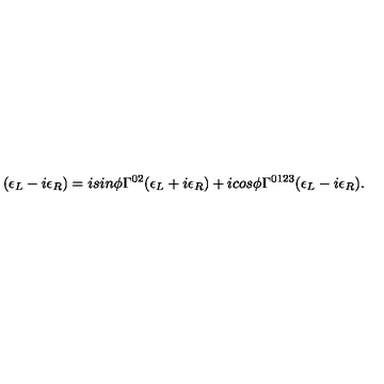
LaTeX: ( \epsilon _ { L } - i \epsilon _ { R } ) = i s i n \phi \Gamma ^ { 0 2 } ( \epsilon _ { L } + i \epsilon _ { R } ) + i c o s \phi \Gamma ^ { 0 1 2 3 } ( \epsilon _ { L } - i \epsilon _ { R } ) .